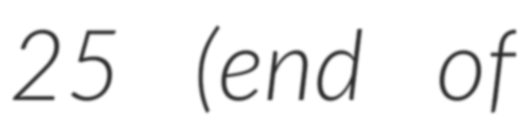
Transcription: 25 (end of